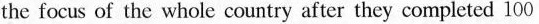
the focus of the whole country after they completed 100